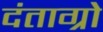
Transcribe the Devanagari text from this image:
दंताग्रो